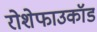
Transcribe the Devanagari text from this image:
रोशेफाउकॉड